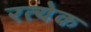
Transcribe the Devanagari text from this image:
रत्येक